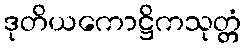
ဒုတိယကောဋ္ဌိကသုတ္တံ